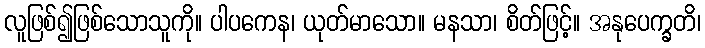
လူဖြစ်၍ဖြစ်သောသူကို။ ပါပကေန၊ ယုတ်မာသော။ မနသာ၊ စိတ်ဖြင့်။ အနုပေက္ခတိ၊